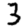
Digit: 3